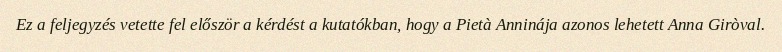
Ez a feljegyzés vetette fel először a kérdést a kutatókban, hogy a Pietà Anninája azonos lehetett Anna Giròval.